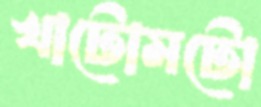
খাটোমটো